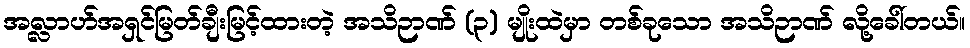
အလ္လာဟ်အရှင်မြတ်ချီးမြင့်ထားတဲ့ အသိဉာဏ် (၃) မျိုးထဲမှာ တစ်ခုသော အသိဉာဏ် လို့ခေါ်တယ်။